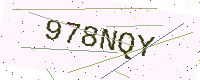
Text: 978NQY